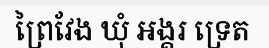
ព្រៃវែង ឃុំ អង្គរ ទ្រេត